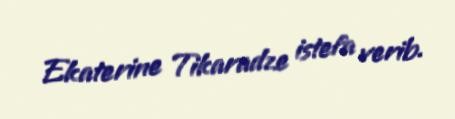
Ekaterine Tikaradze istefa verib.